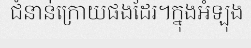
ជំនាន់ក្រោយផងដែរ។ក្នុងអំឡុង